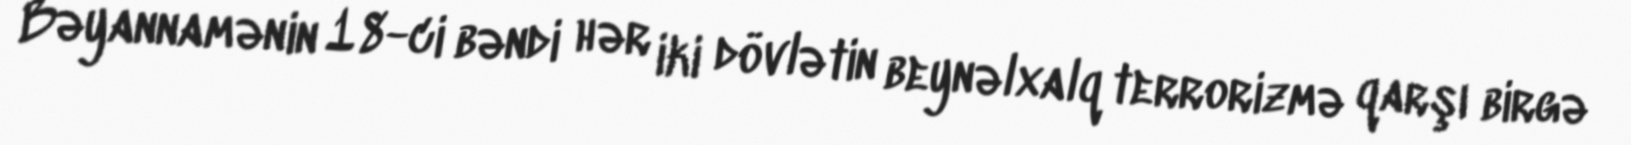
Bəyannamənin 18-ci bəndi hər iki dövlətin beynəlxalq terrorizmə qarşı birgə